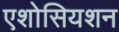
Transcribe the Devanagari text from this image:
एशोसियशन